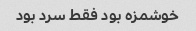
خوشمزه بود فقط سرد بود